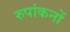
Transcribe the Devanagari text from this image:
रुपांकनों